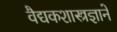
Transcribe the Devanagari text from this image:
वैद्यकशास्त्रज्ञाने